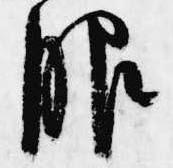
服